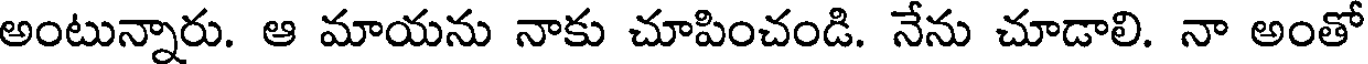
అంటున్నారు. ఆ మాయను నాకు చూపించండి. నేను చూడాలి. నా అంతో